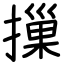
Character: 摷